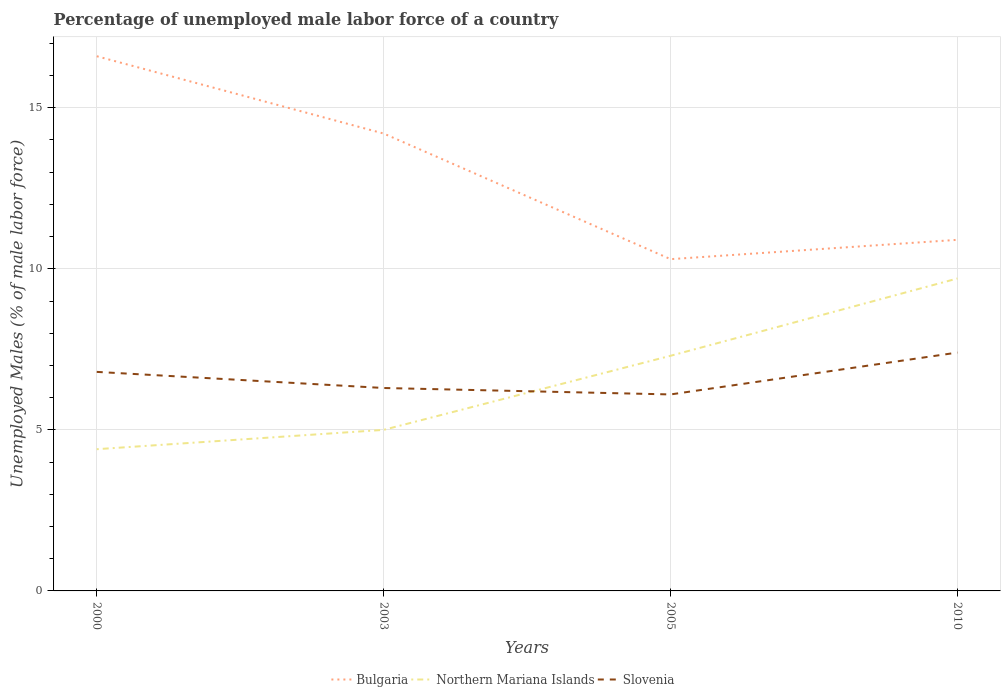
| Years | Bulgaria | Northern Mariana Islands | Slovenia |
 | --- | --- | --- | --- |
 | 2000 | 16.6 | 4.4 | 6.8 |
 | 2003 | 14.2 | 5 | 6.3 |
 | 2005 | 10.3 | 7.3 | 6.1 |
 | 2010 | 10.9 | 9.7 | 7.4 |